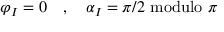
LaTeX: \varphi _ { I } = 0 \quad , \quad \alpha _ { I } = \pi / 2 \, \, \mathrm { m o d u l o } \, \, \pi